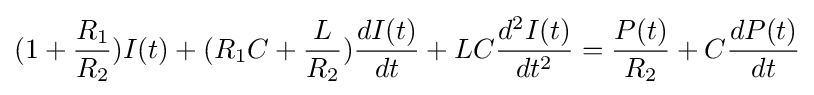
(1+{R_{1} \over R_{2}})I(t)+(R_{1}C+{L \over R_{2}}){dI(t) \over dt}+LC{d^{2}I(t) \over dt^{2}}={P(t) \over R_{2}}+C{dP(t) \over dt}